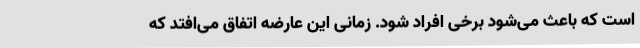
است که باعث می‌شود برخی افراد شود. زمانی این عارضه اتفاق می‌افتد که